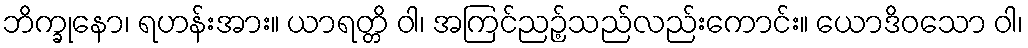
ဘိက္ခုနော၊ ရဟန်းအား။ ယာရတ္တိ ဝါ၊ အကြင်ညဉ့်သည်လည်းကောင်း။ ယောဒိဝသော ဝါ၊